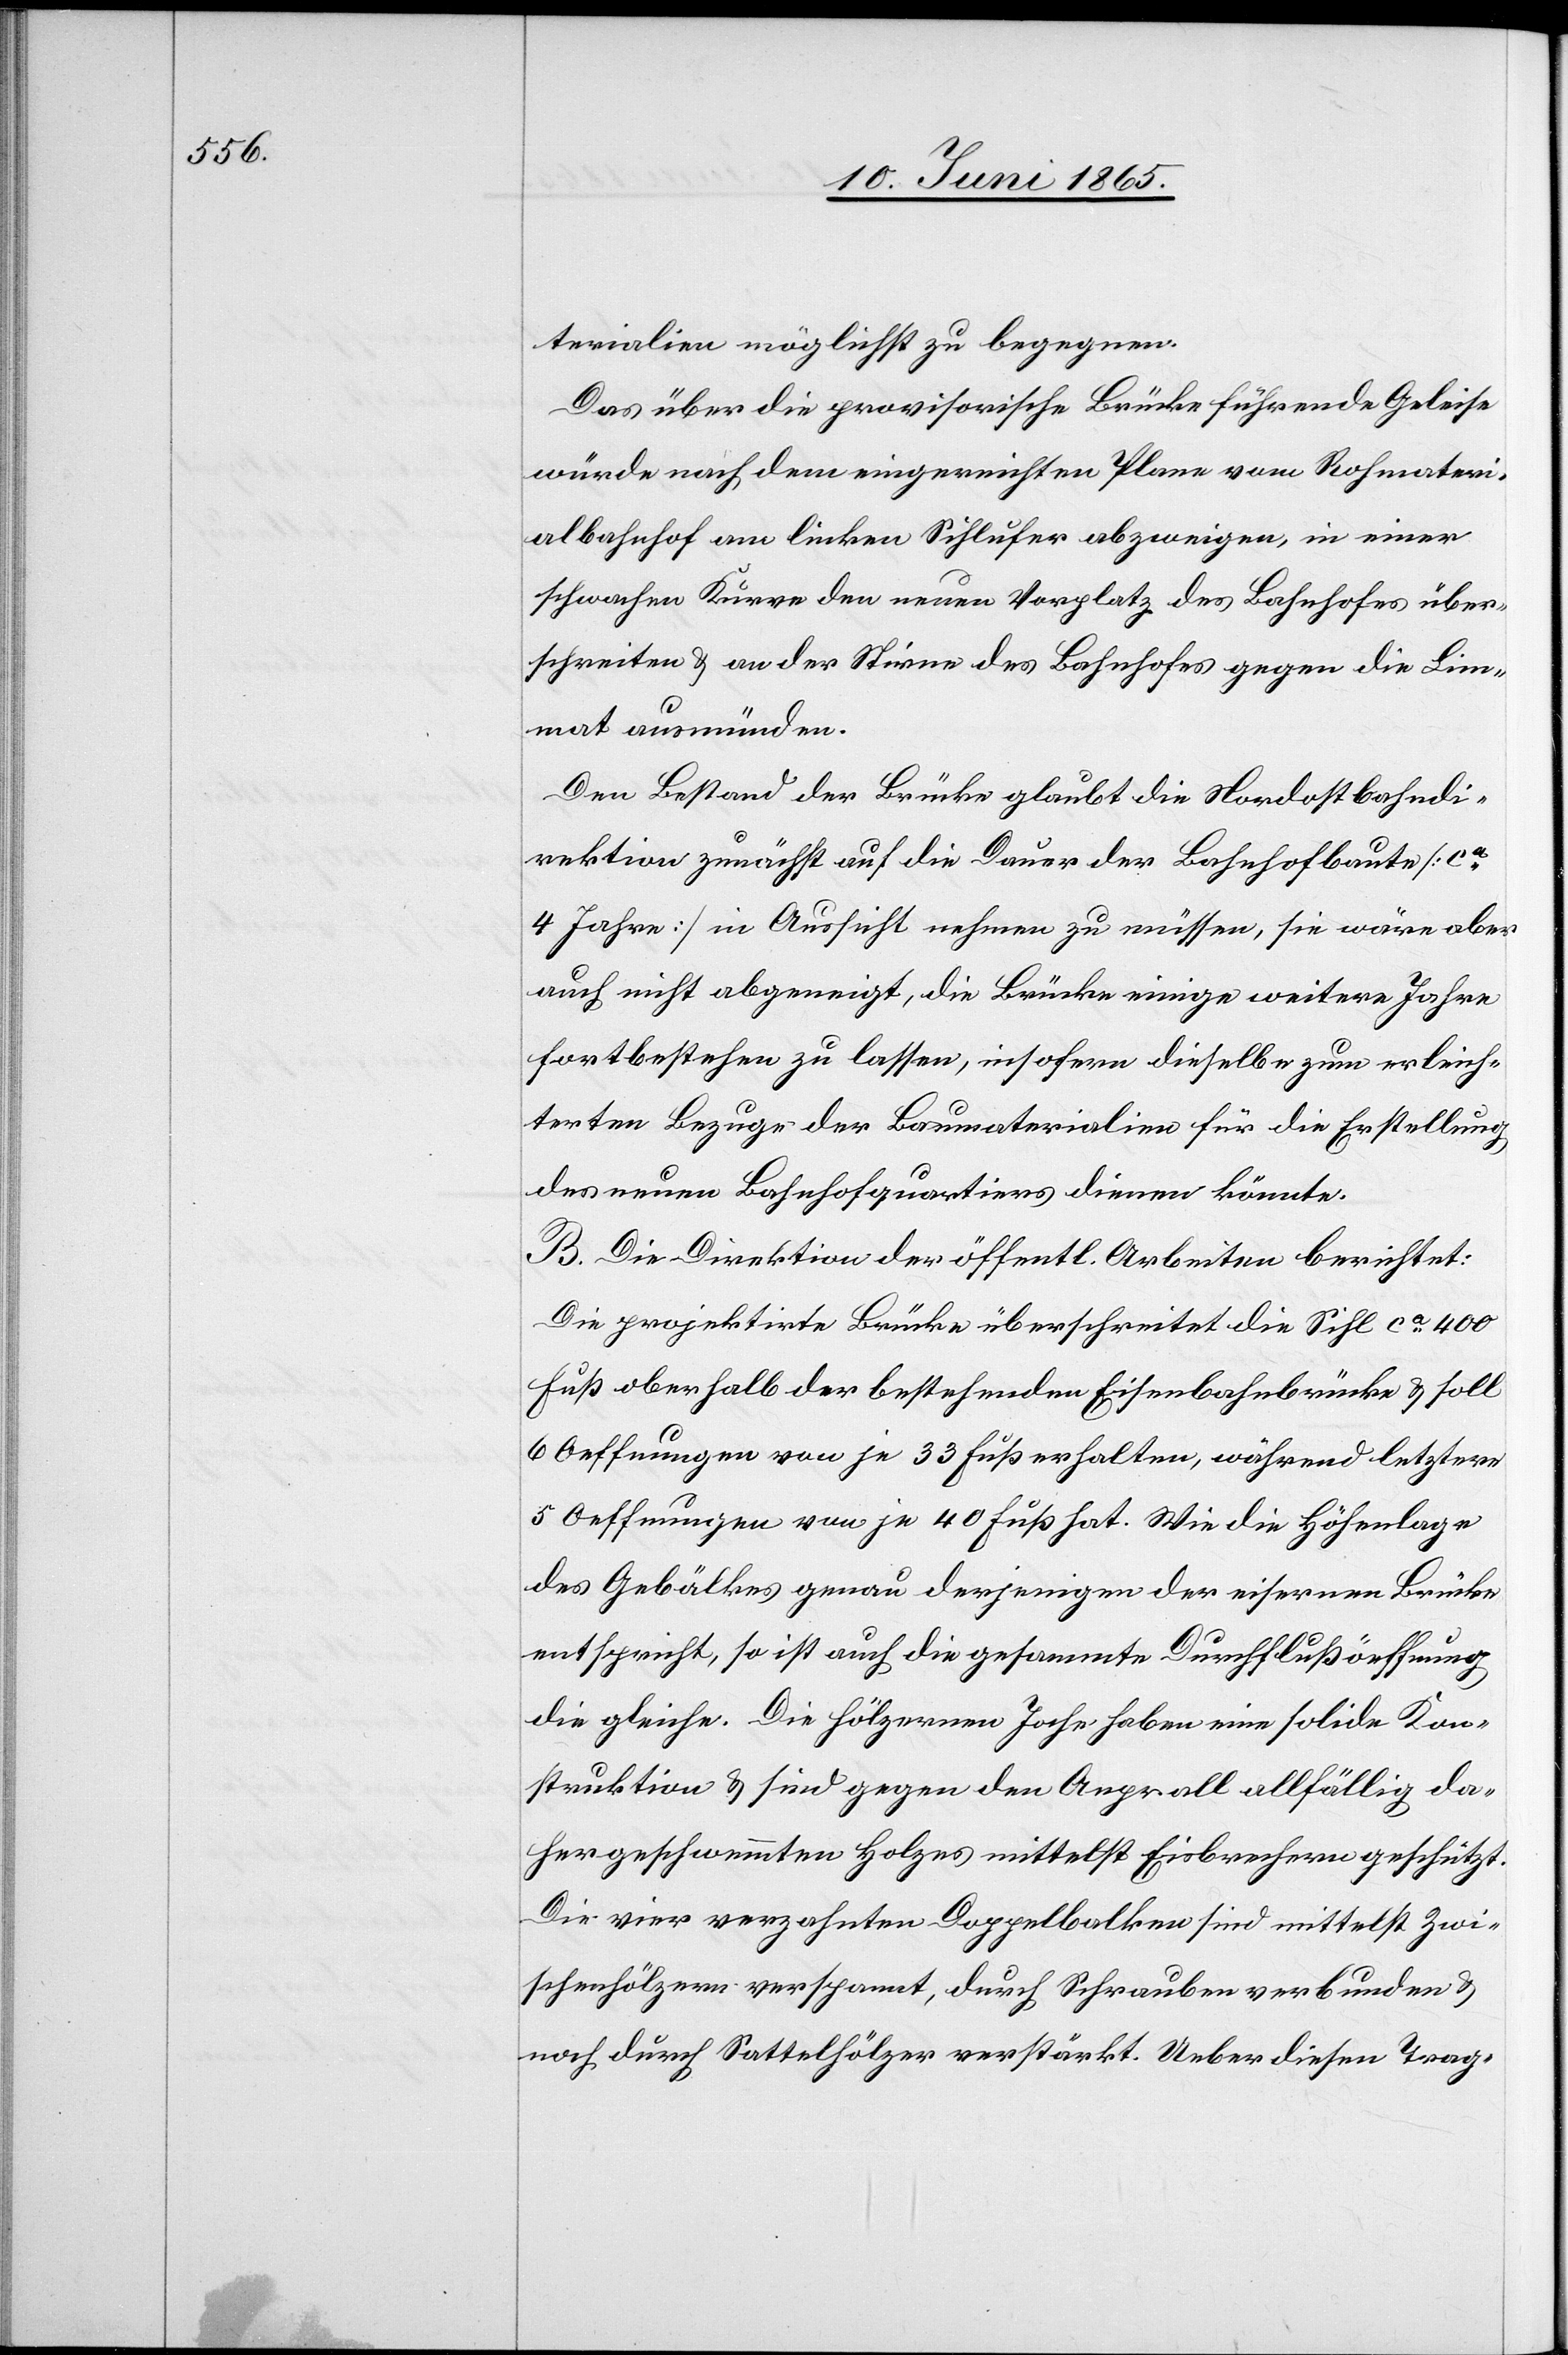
terialien möglichst zu begegnen.
Das über die provisorische Brücke führende Geleise
würde nach dem eingereichten Plane vom Rohmateri¬
albahnhof am linken Sihlufer abzweigen, in einer
schwachen Kurve den neuen Vorplatz des Bahnhofes über¬
schreiten & an der Stirne des Bahnhofes gegen die Lim¬
mat ausmünden.
Den Bestand der Brücke glaubt die Nordostbahndi¬
rektion zunächst auf die Dauer der Bahnhofbaute [ca
4 Jahre] in Aussicht nehmen zu müssen, sie wäre aber
auch nicht abgeneigt, die Brücke einige weitere Jahre
fortbestehen zu lassen, insofern dieselbe zum erleich¬
terten Bezuge der Baumaterialien für die Erstellung
des neuen Bahnhofquartiers dienen könnte.
B. Die Direktion der öffentl. Arbeiten berichtet:
Die projektirte Brücke überschreitet die Sihl ca 400
Fuß oberhalb der bestehenden Eisenbahnbrücke & soll
6 Oeffnungen von je 33 Fuß erhalten, während letztere
5 Oeffnungen von je 40 Fuß hat. Wie die Höhenlage
des Gebälkes genau derjenigen der eisernen Brücke
entspricht, so ist auch die gesammte Durchflußöeffnung
die gleiche. Die hölzernen Joche haben eine solide Kon¬
struktion & sind gegen den Anprall allfällig da¬
hergeschwemmten Holzes mittelst Eisbrechern geschützt.
Die vier verzahnten Doppellbalken sind mittelst Zwi¬
schenhölzern verspannt, durch Schrauben verbunden &
noch durch Sattelhölzer verstärkt. Ueber diesen Trag-